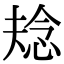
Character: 𭝌